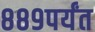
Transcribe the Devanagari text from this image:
८८९पर्यंत